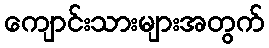
ကျောင်းသားများအတွက်